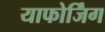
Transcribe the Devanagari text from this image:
याफोर्जिंग